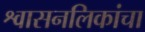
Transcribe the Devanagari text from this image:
श्वासनलिकांचा